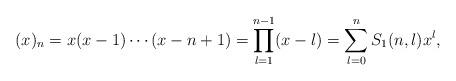
LaTeX: \begin{align*}(x)_n = x(x-1)\cdots(x-n+1) = \prod_{l=1}^{n-1} (x-l) = \sum_{l=0}^n S_1(n,l) x^l,\end{align*}